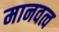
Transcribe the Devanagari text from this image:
मानवत्व